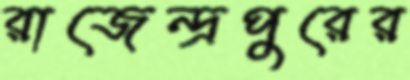
রাজেন্দ্রপুরের